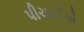
પીચાઈએ